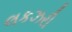
લકઝરી